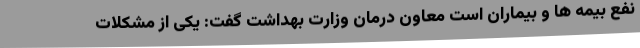
نفع بیمه ها و بیماران است معاون درمان وزارت بهداشت گفت: یکی از مشکلات